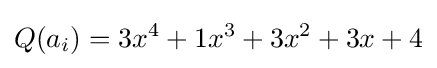
Q(a_{i})=3x^{4}+1x^{3}+3x^{2}+3x+4